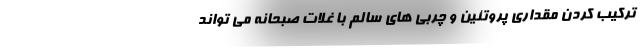
ترکیب کردن مقداری پروتئین و چربی های سالم با غلات صبحانه می تواند